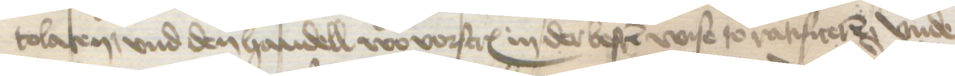
tolaten, vnd den handell wo vorscreuen in der besten wise to ratificeren vnde